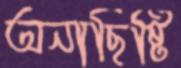
অনাছিষ্টি